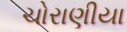
ચોરાણીયા